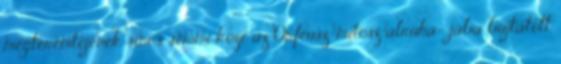
megteremtőjének sincs semmi köze az Orfeusz-mítosz álruhá- jába bújtatott